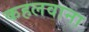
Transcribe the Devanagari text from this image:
कहलवाना